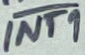
Text: INT1